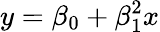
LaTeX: y=\beta_{0}+\beta_{1}^{2}x